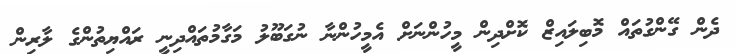
ދެން ގޭންގުތައް މޮބިލައިޒް ކޮށްދިން މީހުންނަށް އެމީހުންނާ ނުގަބޫލު މަގާމުތައްދިނީ ރައްޔިތުންްގެ ލާރިން